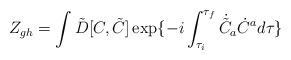
LaTeX: \begin{align*}Z_{gh} =\int \tilde D[C, \tilde C]\exp\{-i\int_{\tau_i}^{\tau_f}{}\dot{\tilde C}_a\dot {C}^a{}d\tau\}\end{align*}